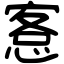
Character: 愙